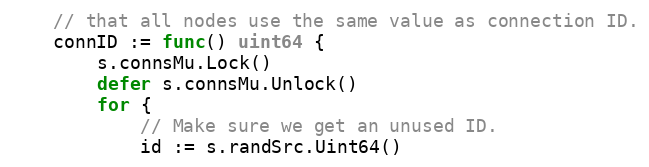
Language: Go
	// that all nodes use the same value as connection ID.
	connID := func() uint64 {
		s.connsMu.Lock()
		defer s.connsMu.Unlock()
		for {
			// Make sure we get an unused ID.
			id := s.randSrc.Uint64()